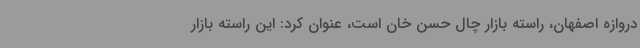
دروازه اصفهان، راسته بازار چال حسن خان است، عنوان کرد: این راسته بازار